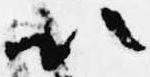
以